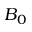
B _ { 0 }